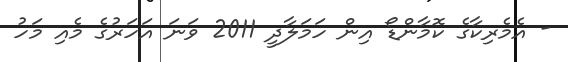
- އެމެރިކާގެ ކޮމާންޑޯ އިން ހަމަލާދީ 2011 ވަނަ އަހަރުގެ މެއި މަހު